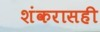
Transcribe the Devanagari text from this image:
शंकरासही